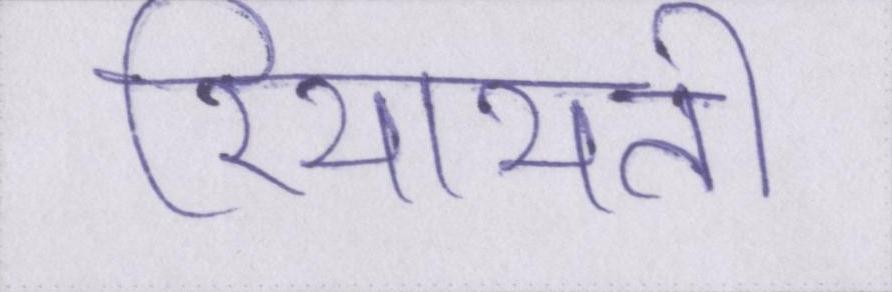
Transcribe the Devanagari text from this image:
रियायती